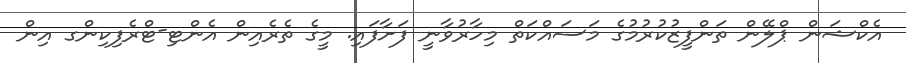
އެކްޝަން ޕްލޭން ތަންފީޒުކުރުމުގެ މަސައްކަތް މިހާރުވާނީ ފަށާފައި. މީގެ ތެރެއިން އެންޓި-ޓްރެފިކިންގ އިން